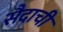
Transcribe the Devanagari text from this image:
सैदाची